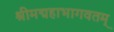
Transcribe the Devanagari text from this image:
श्रीमद्महाभागवतम्